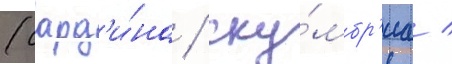
(сард'и́на / ску́мбр'иа /